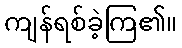
ကျန်ရစ်ခဲ့ကြ၏။